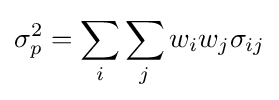
\sigma _{p}^{2}=\sum _{i}\sum _{j}w_{i}w_{j}\sigma _{ij}